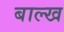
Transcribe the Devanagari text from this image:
बाल्ख